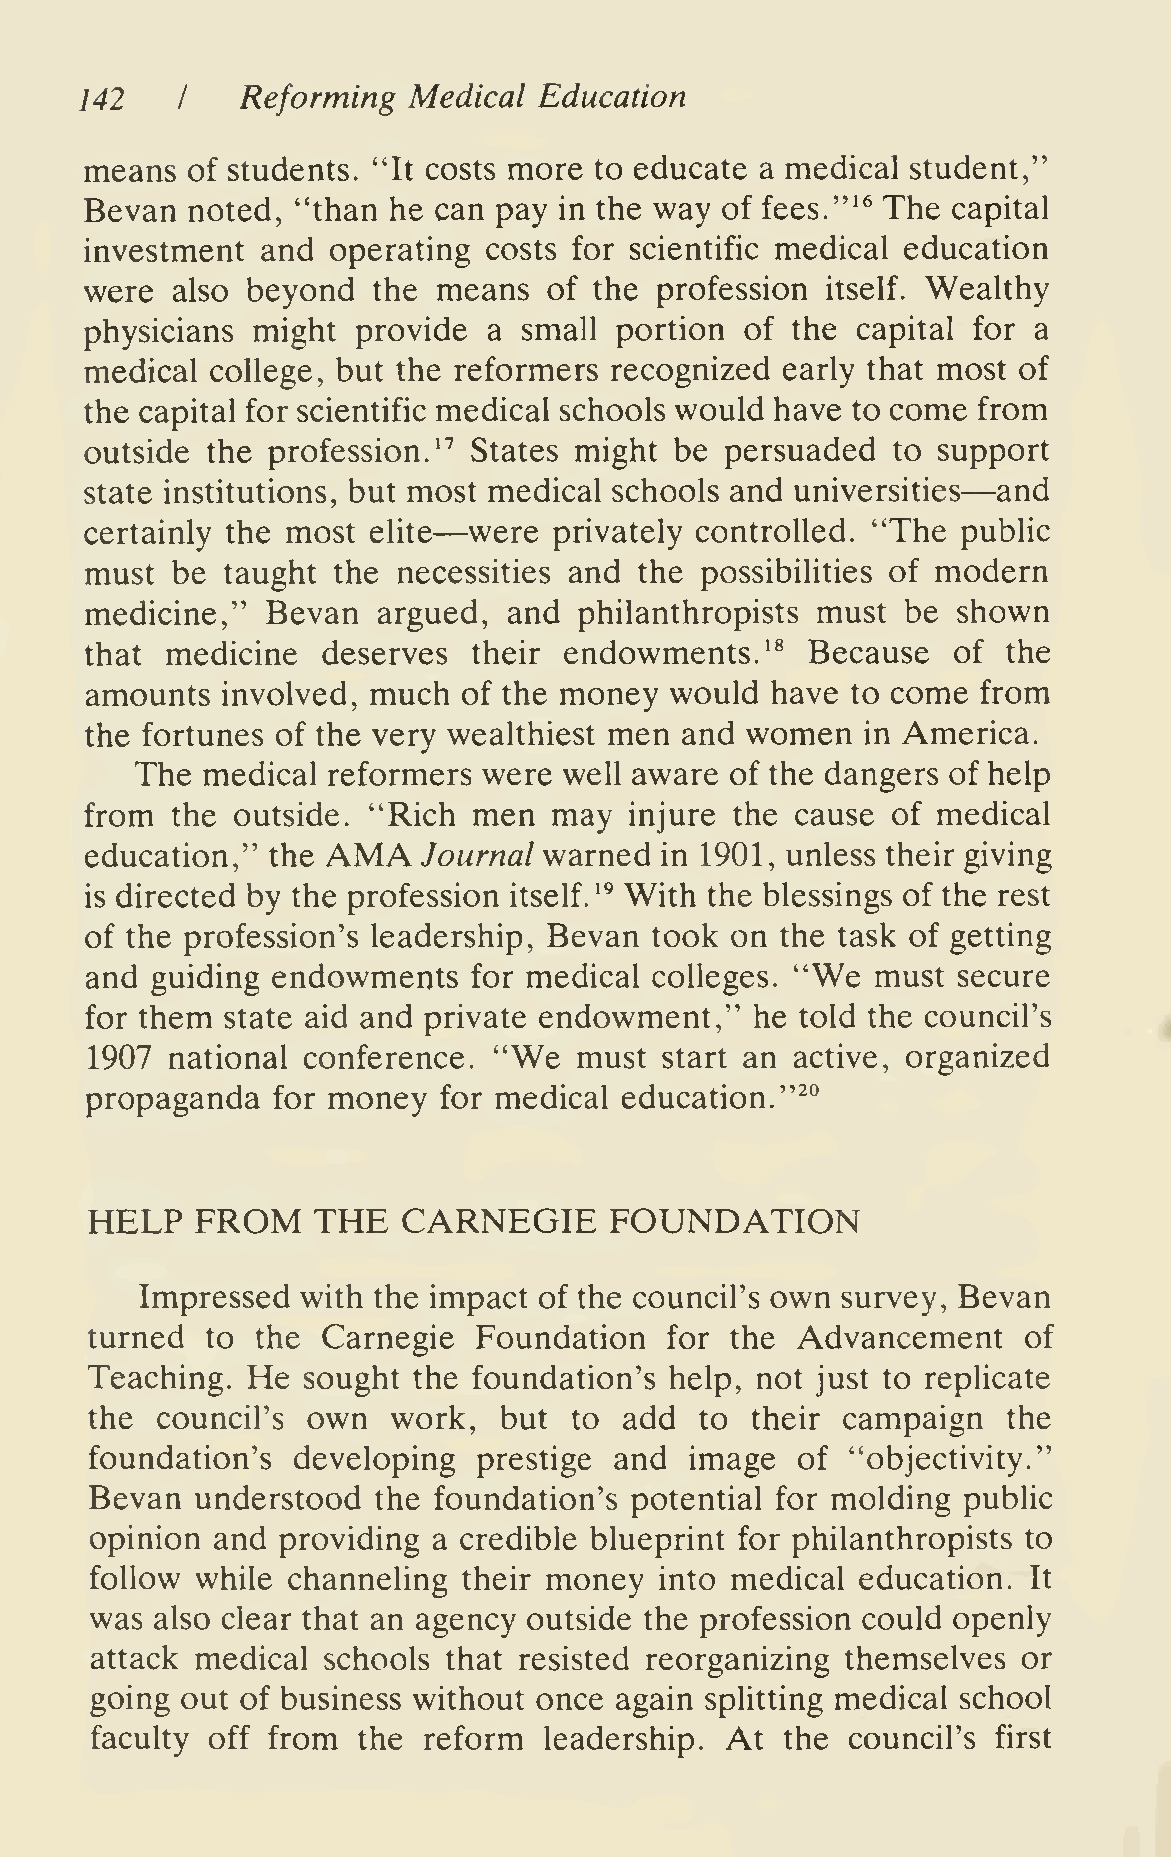
142        Reforming  Medical  Education
 I
 means of students. "It costs more to educate a medical student,"
 Bevan noted,  "than he can pay in the way of fees.'"^ The capital
 investment and  operating costs for scientific medical education
 were also beyond   the means  of the profession  itself. Wealthy
 physicians might  provide a  small portion of the  capital for a
 medical college, but the reformers recognized early that most of
 the capital for scientific medical schools would have to come from
 outside the profession. ^^ States might be persuaded to support
 —
 state institutions, but most medical schools and universities and
 —
 certainly the most elite were  privately controlled. "The public
 must be  taught the necessities and the possibilities of modern
 medicine,"  Bevan  argued,  and philanthropists must  be shown
 that medicine  deserves  their endowments.   ^^ Because  of  the
 amounts  involved, much  of the money would  have to come  from
 the fortunes of the very wealthiest men and women  in America.
 The medical  reformers were well aware of the dangers of help
 from the outside. "Rich  men   may  injure the cause of medical
 AMA
 education," the       Journal warned  in 1901, unless their giving
 is directed by the profession itself. ^^ With the blessings of the rest
 of the profession's leadership, Bevan took on the task of getting
 and guiding endowments   for medical colleges. "We  must secure
 for them state aid and private endowment,"  he told the council's
 "We
 1907 national conference.       must  start an active, organized
 propaganda  for money  for medical education."^"
 HELP   FROM    THE   CARNEGIE     FOUNDATION
 Impressed  with the impact of the council's own survey, Bevan
 turned  to the Carnegie  Foundation   for the  Advancement    of
 He
 Teaching.     sought the foundation's help, not just to replicate
 the council's own   work,  but  to add  to  their campaign   the
 foundation's developing   prestige and  image  of "objectivity."
 Bevan  understood  the foundation's potential for molding public
 opinion and providing  a credible blueprint for philanthropists to
 follow while channeling  their money  into medical education. It
 was also clear that an agency outside the profession could openly
 attack medical schools that resisted reorganizing themselves  or
 going out of business without once again spHtting medical school
 faculty off from  the reform  leadership. At  the council's first